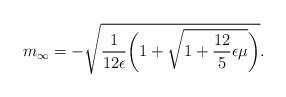
LaTeX: \begin{align*}m_{\infty} = -\sqrt{\frac{1}{12 \epsilon} \biggl( 1 + \sqrt{ 1 + \frac{12}{5} \epsilon\mu}\biggr)}.\end{align*}